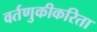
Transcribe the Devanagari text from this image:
वर्तणुकीकरिता